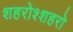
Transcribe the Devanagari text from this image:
शहरोश्शहरो